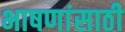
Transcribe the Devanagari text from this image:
भाषणांसाठी